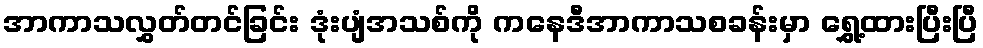
အာကာသလွှတ်တင်ခြင်း ဒုံးပျံအသစ်ကို ကနေဒီအာကာသစခန်းမှာ ရွှေ့ထားပြီးပြီ